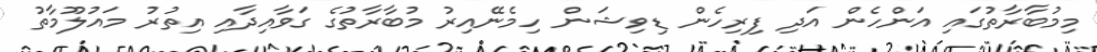
މިމުބާރާތުގައި އަންހެން އަދި ފިރިހެން ޑިވިޝަން ހިމެނޭއިރު މުބާރާތުގެ ގަވާއިދާއި އިތުރު މައުލޫމާތު